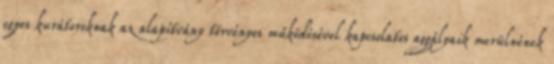
egyes kurátoroknak az alapítvány törvényes működésével kapcsolatos aggályaik merülnének